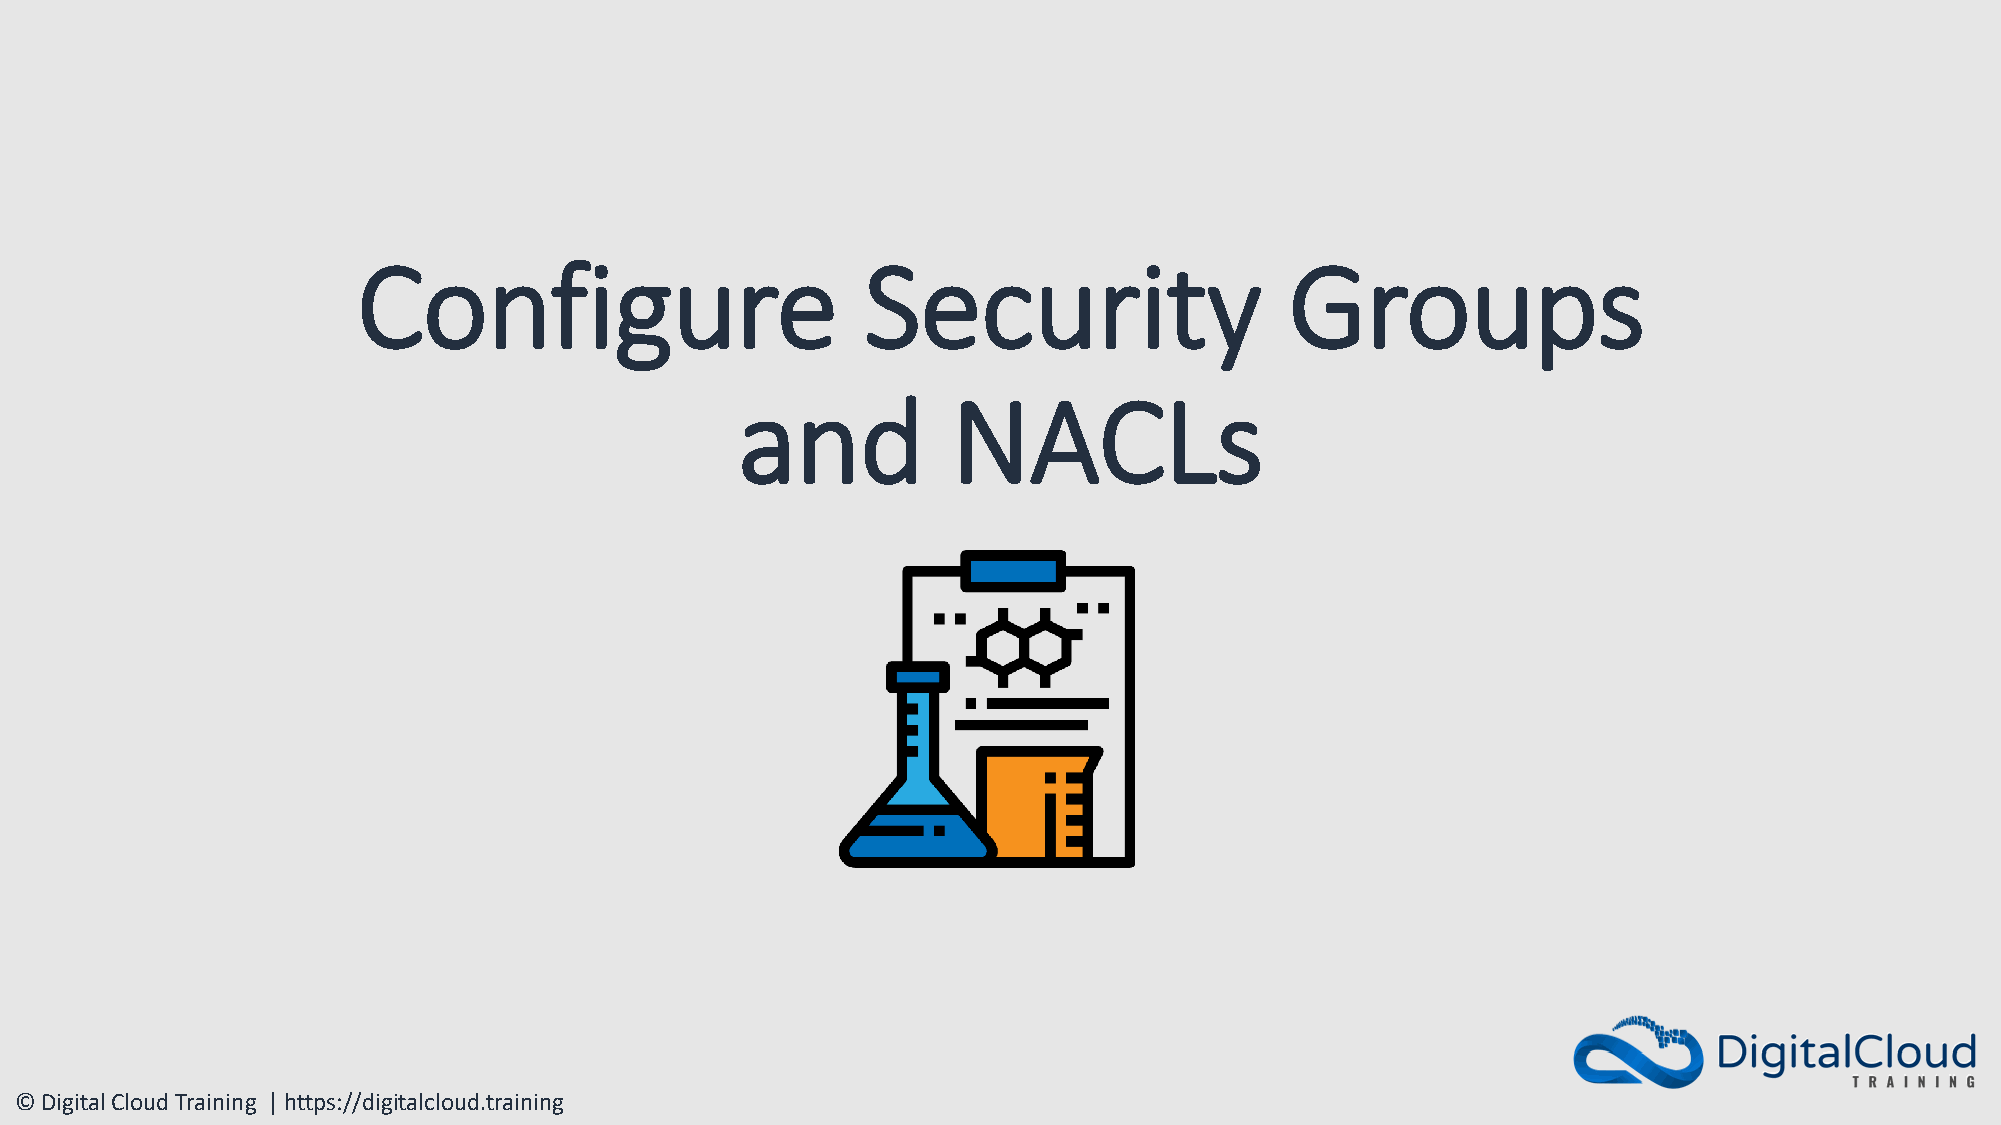
Configure                        Security                    Groups
 and           NACLs
 © Digital Cloud Training | https://digitalcloud.training